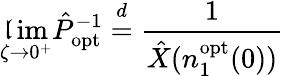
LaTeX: \operatorname*{\mathfrak{l}im}_{\zeta\to0^{+}}\hat{{P}}_{\mathrm{{opt}}}^{-1}\overset{d}{=}\frac{{1}}{{\hat{{X}}(n_{1}^{\mathrm{{opt}}}(0))}}